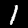
Label: 1